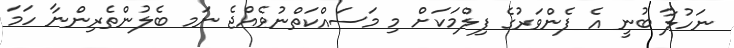
ނަހުލާ ބުނީ އެ ފެންވަރުގެ ފިލްމަކަށް މި މަސައްކަތްނުވެއްޖެ ނަަމ ބެލުންތެރިންނާ ހަމަ